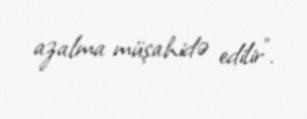
azalma müşahidə edilir".